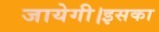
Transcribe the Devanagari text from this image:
जायेगी।इसका